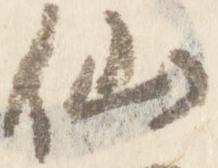
仙